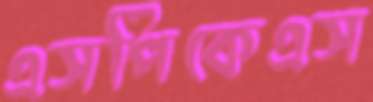
এসপিকেএস